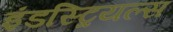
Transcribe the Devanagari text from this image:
इंडस्ट्रियल्स